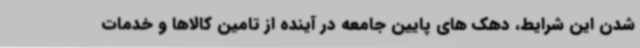
شدن این شرایط، دهک های پایین جامعه در آینده از تامین کالاها و خدمات